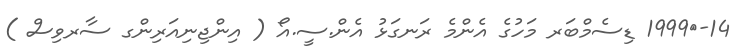
14-	1999 ޑިސެމްބަރ މަހުގެ އެންމެ ރަނގަޅު އެން.ސީ.އޯ ( އިންޖިނިއަރިންގ ސާރވިސް )